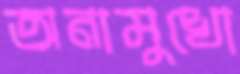
অনামুখো